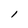
Character: l